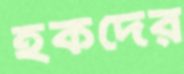
হকদের